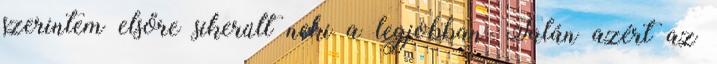
szerintem elsőre sikerült neki a legjobban. Talán azért az